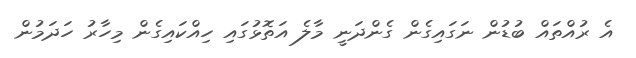
އެ ރުއްތައް ބުޑުން ނަގައިގެން ގެންދަނީ މާލެ އަތޮޅުގައި ހިއްކައިގެން މިހާރު ހަދަމުން